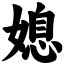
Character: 媳